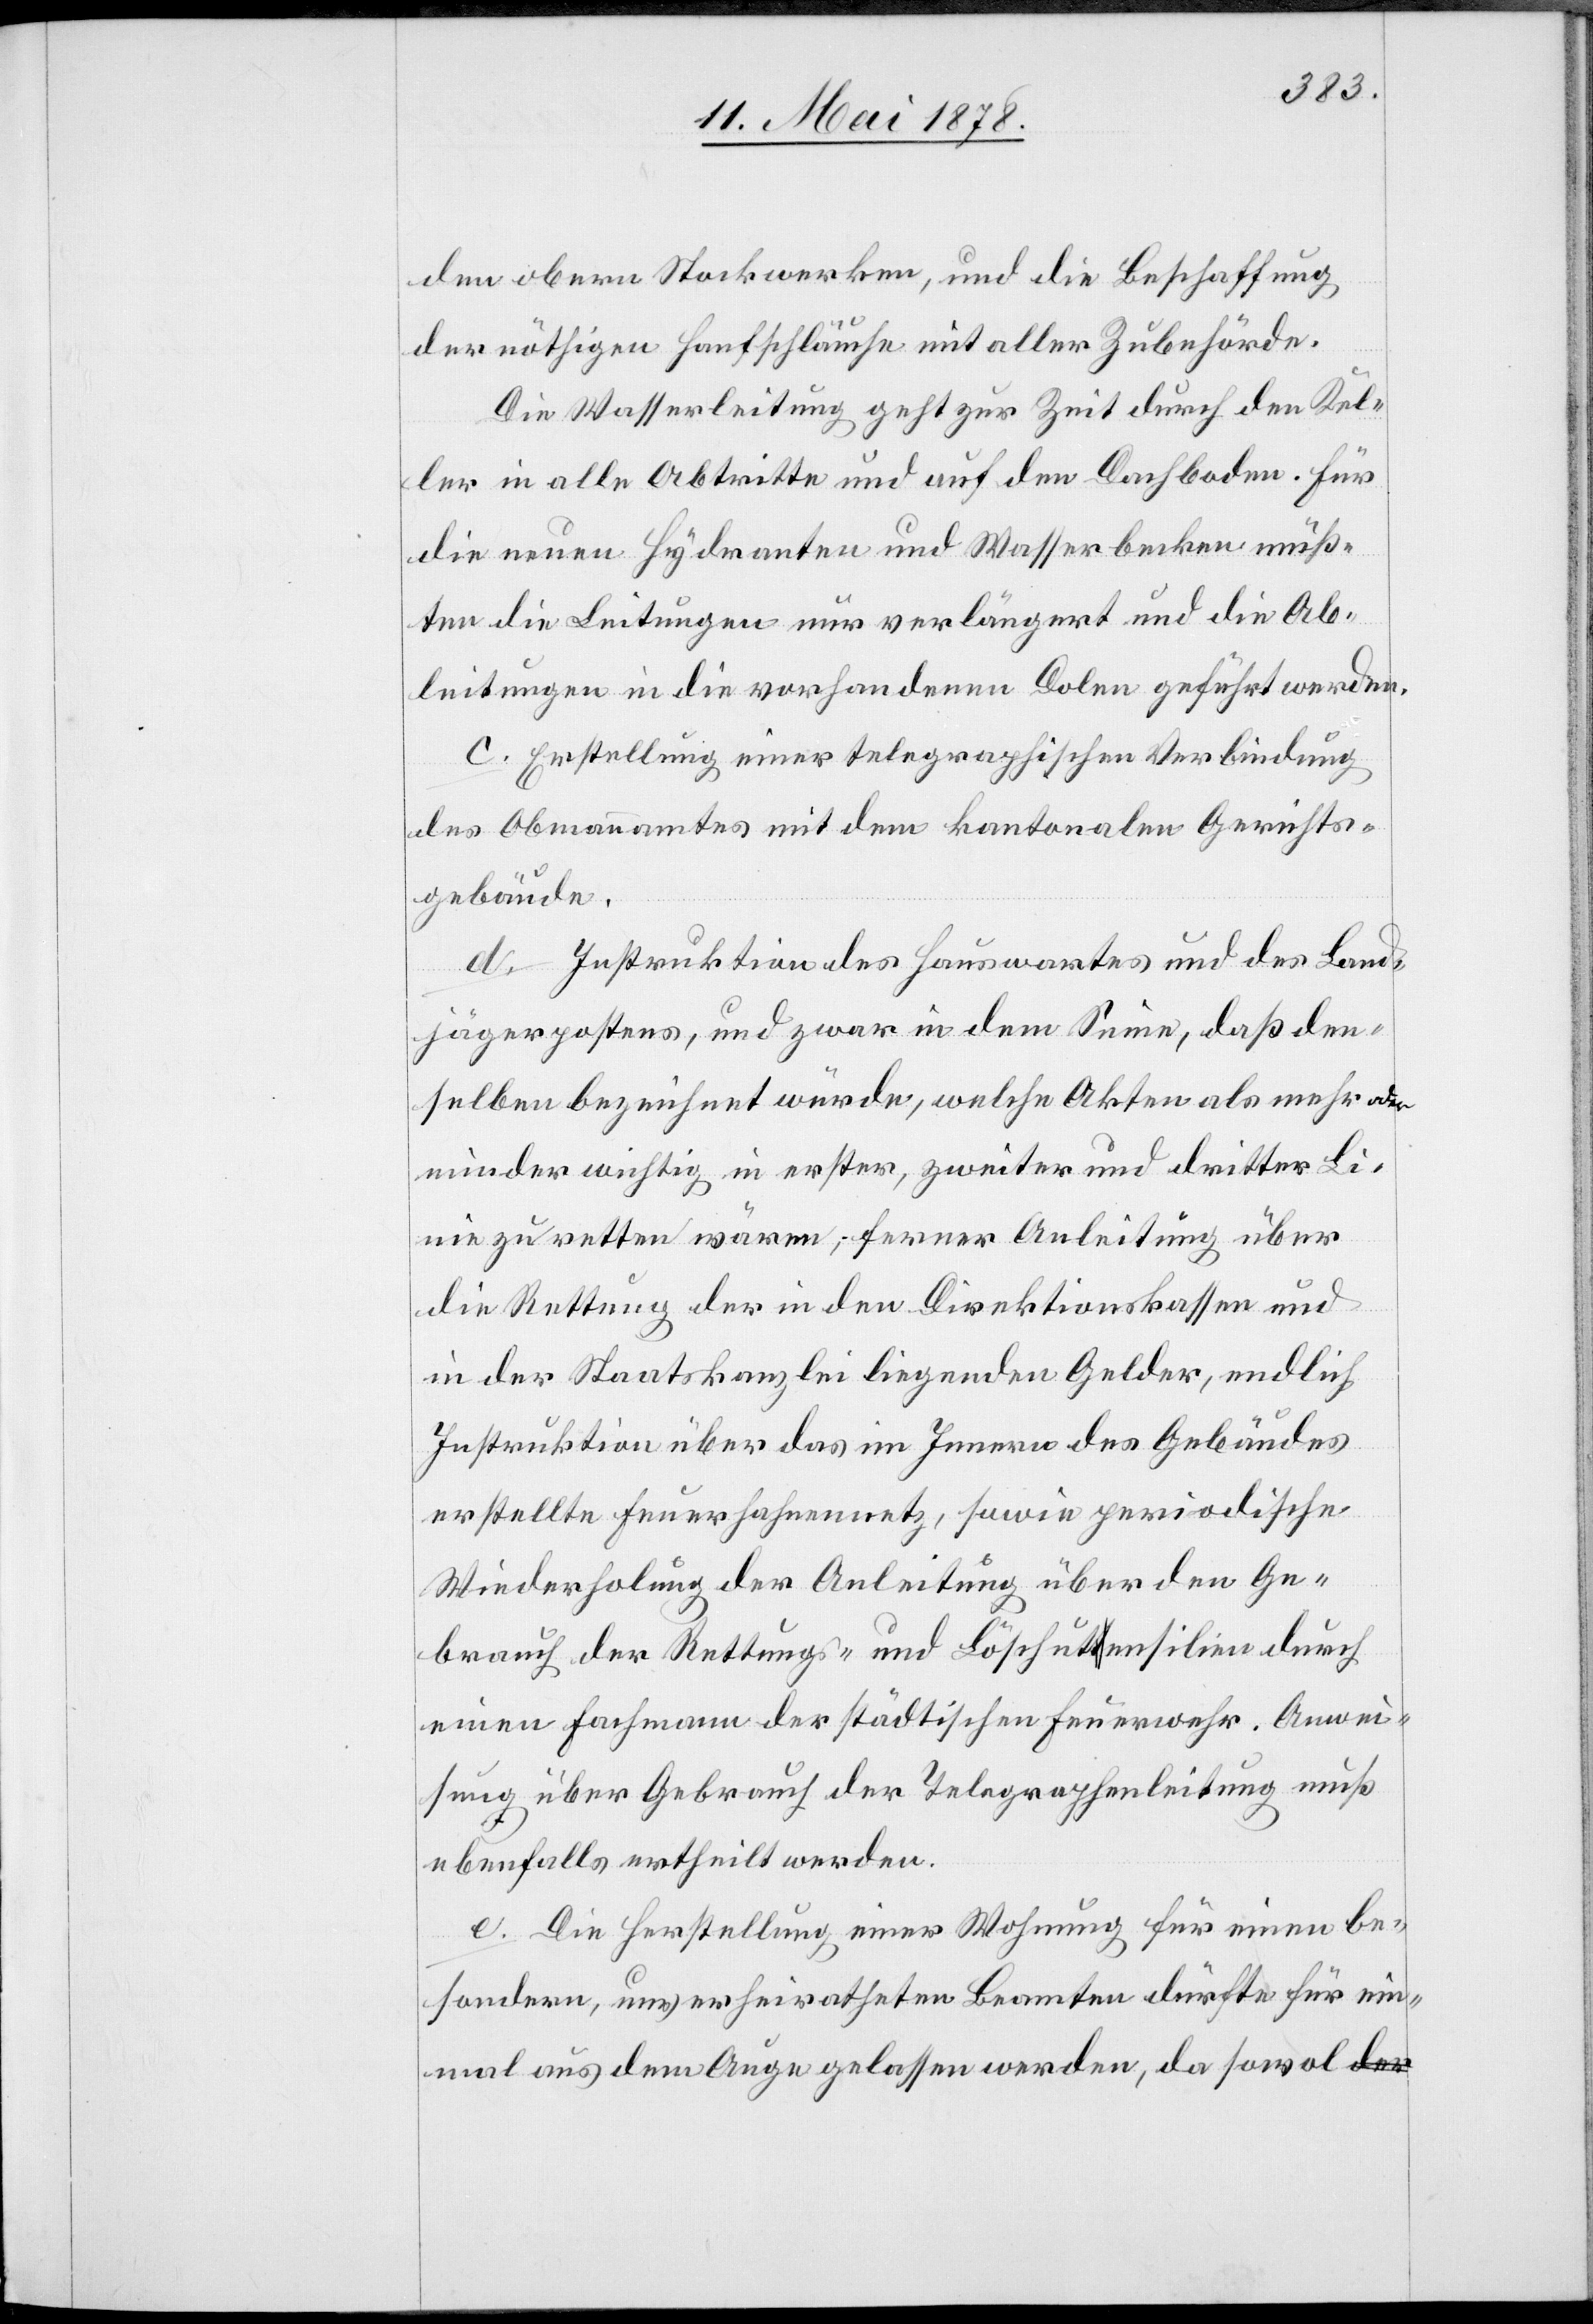
den obern Stockwerken, und die Beschaffung
der nöthigen Hanfschläuche mit aller Zubehörde.
Die Wasserleitung geht zur Zeit durch den Kel¬
ler in alle Abtritte und auf den Dachboden. Für
die neuen Hydranten und Wasserbecken müß¬
ten die Leitungen nur verlängert und die Ab¬
leitungen in die vorhandenen Dolen geführt werden.
c. Erstellung einer telegraphischen Verbindung
des Obmannamtes mit dem kantonalen Gerichts¬
gebäude.
d. Instruktion des Hauswartes und des Land¬
jägerpostens, und zwar in dem Sinne, daß den¬
selben bezeichnet würde, welche Akten als mehr oder
minder wichtig in erster, zweiter und dritter Li¬
nie zu retten wären, ferner Anleitung über
die Rettung der in den Direktionskassen und
in der Staatskanzlei liegenden Gelder, endlich
Instruktion über das im Innern des Gebäudes
erstellte Feuerfahnennetz, sowie periodische
Wiederholung der Anleitung über den Ge¬
brauch der Rettungs- und Löschutensilien durch
einen Fachmann der städtischen Feuerwehr. Anwei¬
sung über Gebrauch der Telegraphenleitung muß
ebenfalls ertheilt werden.
e. Die Herstellung einer Wohnung für einen be¬
sondern, unverheiratheten Beamten dürfte für ein¬
mal aus dem Auge gelassen werden, da sowol